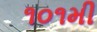
૧૦૧મી